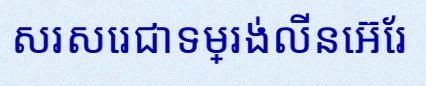
សរសេរជាទម្រង់លីនេអ៊ែរ